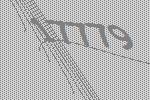
17779